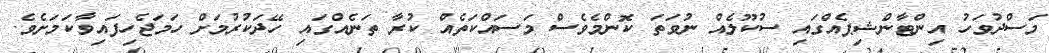
މަސްދުވަހު އިންޓާންޝިޕެއްގައި ސުކޫލެއް ނުވަތަ ކޮންމެވެސް މަސައްކަތެއް ކުރާ ތަނެއްގައި ހޭދަކުރުމަށް ހަމަޖެހިފައިވާކަމަށެވެ.